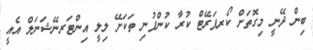
ބިން ދޭނީ މިގޮތަށް ކޯރޕަރޭޓް ކުރާ ކުންފުނި ތަކަށޭ ލިލީ އިންޓަރނޭޝަނަލް އެއީ